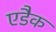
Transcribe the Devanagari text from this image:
एडैक